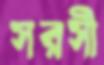
সরসী